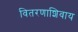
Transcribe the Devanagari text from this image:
वितरणाशिवाय